Lunatic asylums Bombay report 1878-1890 - 1878-1890
Year: 1878
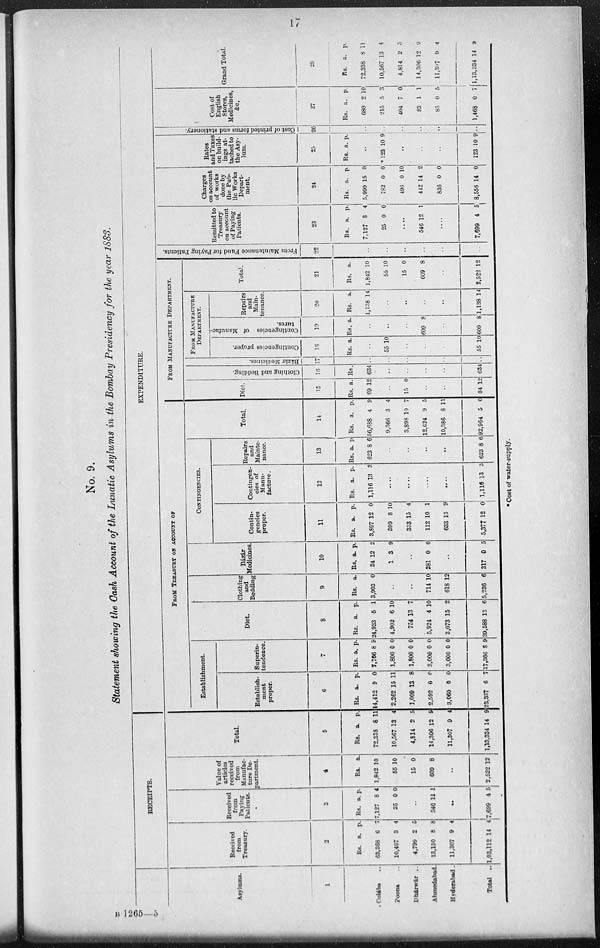
17
No. 9.
Statement showing the Cash Account of the Lunatic Asylums in the Bombay Presidency for the year 1883.
RECEIPTS.
Asylums.
1
Colába ...
Poona ...
Dhárwár ...
Ahmedabad.
Hyderabad .
Total
..
Received
from
Treasury.
2
Rs.
63,368
10,487
4,799
13,150
11,307
1,03,112
a.
6
3
2
8
9
14
p.
7
4
5
8
4
4
Received
from
Paying
Patients.
3
Rs.
7,127
25
a.
8
0
p.
4
0
...
546 12 1
...
7,699 4 5
Value of
articles
received
from
Manufac-
ture De-
partment.
4
Rs.
1,842
55
15
609
a.
10
10
0
8
...
2,522 12
Total.
5
Rs.
72,338
10,567
4,814
14,306
11,307
1,13,334
a.
8
13
2
12
9
14
p.
11
4
5
9
4
9
EXPENDITURE.
FROM
TREASURY ON ACCOUNT OF
Establishment.
Establish-
ment
proper.
6
Rs.
14,412
2,262
1,009
2,592
3,060
23,337
a.
9
15
13
0
0
6
p.
0
11
8
0
0
7
Superin-
tendence.
7
Rs.
7,766
1,800
1,800
3,000
3,000
17,366
a
8
0
0
0
0
8
p.
9
0
0
0
0
9
Diet.
8
Rs.
24,933
4.902
754
5,924
3,073
39,588
a.
5
6
13
4
15
13
p.
1
10
7
10
2
6
Clothing
and
Bedding
9
Rs.
3,903
a.
0
...
...
714
618
5,236
10
12
6
Bázár
Medicines.
10
Rs.
34
1
a.
12
3
p.
2
9
...
281 0 6
...
317 0 5
CONTINGENCIES.
Contin-
gencies
proper.
11
Rs.
3,897
399
333
112
633
5,377
a.
12
8
15
10
13
12
p.
0
10
4
1
9
0
Contingen-
cies of
Manu-
facture .
12
Rs.
1,116
a.
13
p.
3
...
...
...
...
1,116 13 3
Repairs
and
Mainte-
nance.
13
Rs.
623
a.
8
p.
6
...
...
...
...
623 8 6
Total.
14
Rs.
56,688
9,366
3,898
12,624
10,386
92,964
a.
4
3
10
9
8
5
p.
9
4
7
5
11
0
FROM MANUFACTURE DEPARTMENT.
Diet.
15
Rs
69
a.
12
...
15 0
...
...
84 12
Clothing and Bedding.
16
Rs.
634
...
...
...
...
634
Bázár Medicines
17
...
...
...
...
...
...
FROM
MANUFACTURE
DEPARTMENT.
Contingencies proper.
18
Rs. a.
...
55 10
...
...
...
55 10
Contingencies of Manufac-
tures.
19
Rs.
a.
...
...
...
609 8
...
609 8
Repairs
and
Main-
tenance
20
Rs.
1,138
a.
14
...
...
...
...
1,138 14
Total.
21
Rs.
1,842
55
15
609
a.
10
10
0
8
...
2,522 12
From Maintenance Fund for paying Patients.
22
...
...
...
...
...
...
Remitted to
Treasury
on account
of Paying
Patients.
23
Rs.
7,127
25
a.
8
0
p.
4
0
...
546 12 1
....
7,699 4
5
Charges
on account
of works
done by
the Pub-
lic Works
Depart-
ment.
24
Rs.
5,999
782
496
412
836
8,556
a.
15
0
0
14
0
14
p.
0
0
10
2
0
0
Rates
and Taxes
on build-
ings at-
tached to
the Asy-
lum.
25
Rs.
a. p.
...
* 123 10 9
...
...
...
123 10 9
Cost of printed for
26
...
...
...
...
...
...
Cost of
English
Stores,
Medicines,
&c.
27
Rs.
680
215
404
83
85
1,468
a.
2
5
7
1
0
0
p.
10
3
0
1
5
7
Grand Total.
28
Rs.
72,338
10,567
4,814
14,306
11,307
1,13,334
a.
8
13
2
12
9
14
--
11
4
5
9
4
9
* Cost of water-supply.
B 1265—5